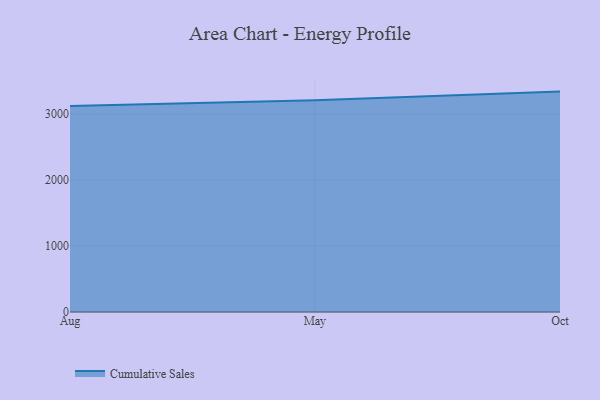
{"axis": {"x": "Month", "y": "Backlog"}, "legend": ["Cumulative Sales"], "data": [{"x": "Aug", "y": 3121.7, "type": "Cumulative Sales"}, {"x": "May", "y": 3207.7, "type": "Cumulative Sales"}, {"x": "Oct", "y": 3339.8, "type": "Cumulative Sales"}]}